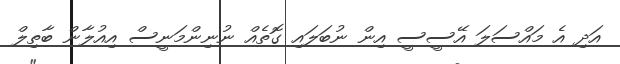
އަދި އެ މައްސަލަ އޭސީސީ އިން ނުބަލައި ގޮތެއް ނުނިންމަނީސް އިއުލާން ބާތިލް